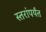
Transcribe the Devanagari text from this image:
स्तरांपर्यंत